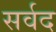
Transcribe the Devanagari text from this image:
सर्वद